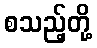
စသည့်တို့